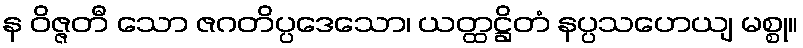
န ဝိဇ္ဇတီ သော ဇဂတိပ္ပဒေသော၊ ယတ္ထဋ္ဌိတံ နပ္ပသဟေယျ မစ္စု။